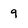
Character: 9